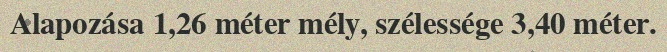
Alapozása 1,26 méter mély, szélessége 3,40 méter.